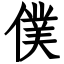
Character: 僕